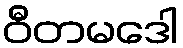
ဝီတမဒေါ